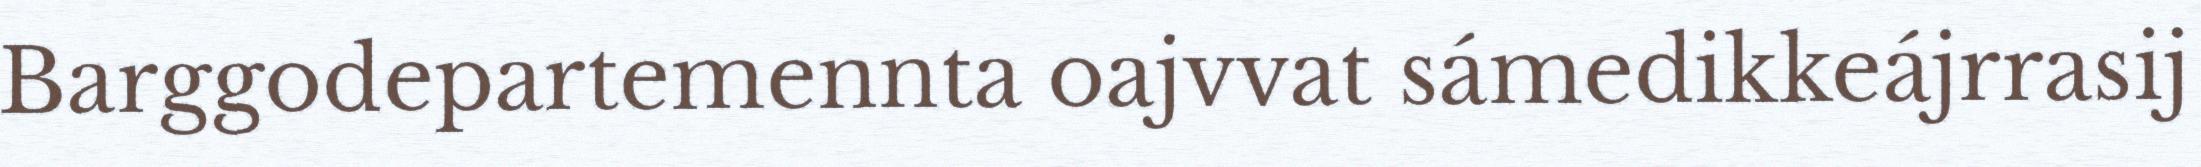
Barggodepartemennta oajvvat sámedikkeájrrasij